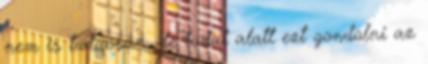
nem is tudaosan, de tudat alatt ezt gondolni az